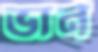
ভার্ন